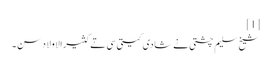
[1]
شیخ سلیم چشتی نے شادی کیتی سی تے کثیرالاولاد سن ۔